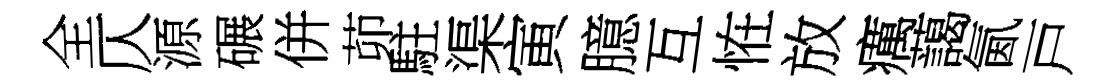
全仄源碾併茆駐渠寅臆互恠放癘藹氤戸